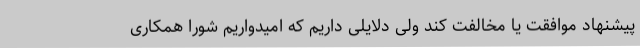
پیشنهاد موافقت یا مخالفت کند ولی دلایلی داریم که امیدواریم شورا همکاری